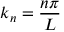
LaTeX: k _ { n } = { \frac { n \pi } { L } }